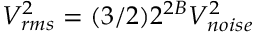
V _ { r m s } ^ { 2 } = ( 3 / 2 ) 2 ^ { 2 B } V _ { n o i s e } ^ { 2 }